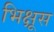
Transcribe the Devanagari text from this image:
भिक्षूस